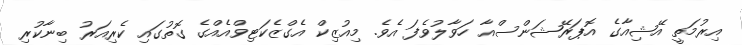
އިރުމަތީ އޭޝިއާގެ އޮޕަރޭޝަންސްއާ ހަވާލުވެފަ އެވެ. މިއުޒިކް އެގްޒެކަޓިވްއެއްގެ ގޮތުގައި ކެެރިއަރު ބިނާކުރި